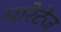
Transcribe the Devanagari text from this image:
मारेटेज